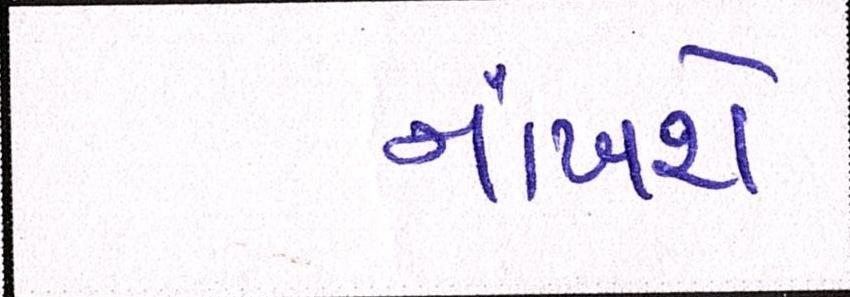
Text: નાંખશે